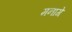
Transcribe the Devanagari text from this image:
मनागे